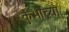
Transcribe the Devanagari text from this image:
कुंभाच्या